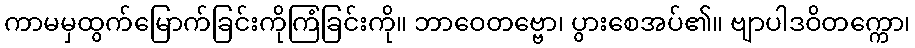
ကာမမှထွက်မြောက်ခြင်းကိုကြံခြင်းကို။ ဘာဝေတဗ္ဗော၊ ပွားစေအပ်၏။ ဗျာပါဒဝိတက္ကော၊